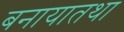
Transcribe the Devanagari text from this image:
बनायातथा